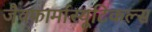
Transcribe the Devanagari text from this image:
जैवफार्मास्यूटिकल्स